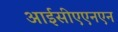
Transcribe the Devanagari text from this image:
आईसीएएनएन